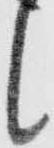
候